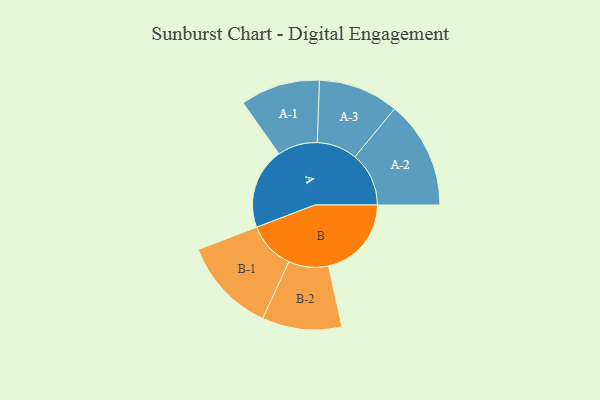
{"axis": {"x": "Segment", "y": "Value"}, "legend": ["", "A", "B"], "data": [{"x": "A", "y": 419, "type": ""}, {"x": "B", "y": 429, "type": ""}, {"x": "A-1", "y": 206, "type": "A"}, {"x": "A-2", "y": 279, "type": "A"}, {"x": "A-3", "y": 208, "type": "A"}, {"x": "B-1", "y": 246, "type": "B"}, {"x": "B-2", "y": 206, "type": "B"}]}